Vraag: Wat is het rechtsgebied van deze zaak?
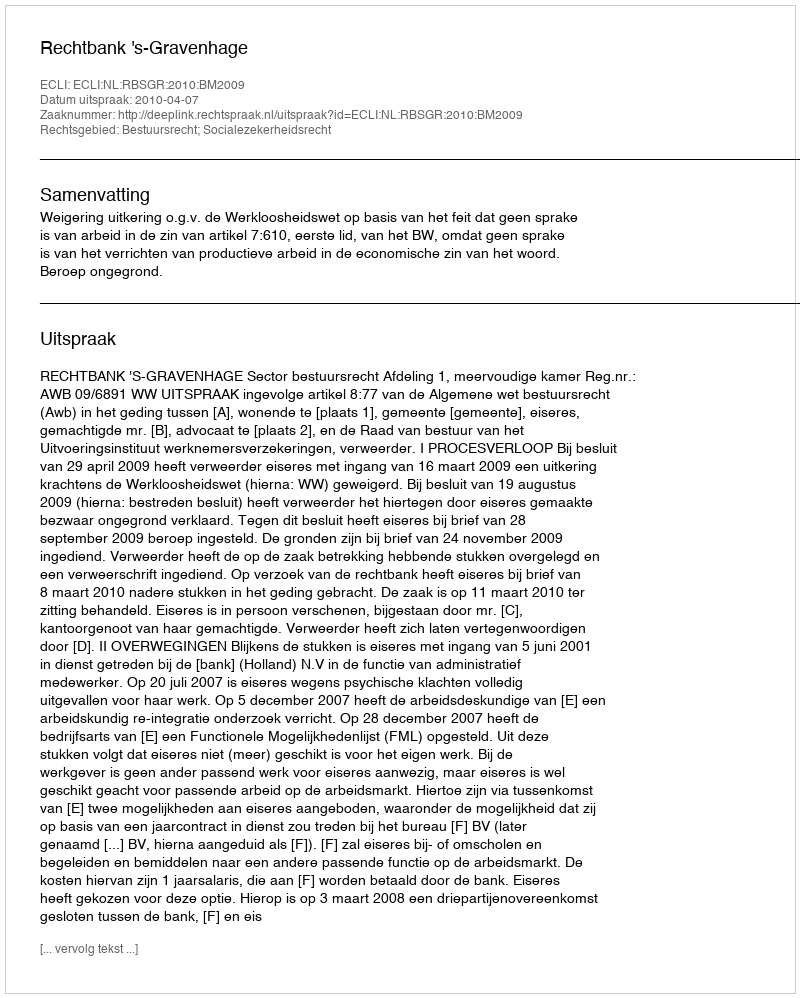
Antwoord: Bestuursrecht; Socialezekerheidsrecht